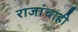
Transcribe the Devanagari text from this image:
राजांचाही